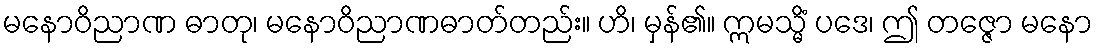
မနောဝိညာဏ ဓာတု၊ မနောဝိညာဏဓာတ်တည်း။ ဟိ၊ မှန်၏။ ဣမသ္မိံ ပဒေ၊ ဤ တဇ္ဇော မနော